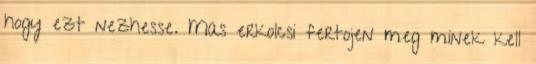
hogy ezt nezhesse. Mas erkolcsi fertojen meg minek kell